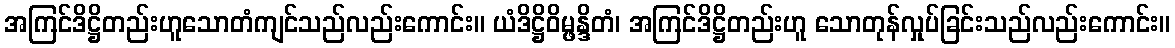
အကြင်ဒိဋ္ဌိတည်းဟူသောတံကျင်သည်လည်းကောင်း။ ယံဒိဋ္ဌိဝိမ္ဖန္ဒိတံ၊ အကြင်ဒိဋ္ဌိတည်းဟူ သောတုန်လှုပ်ခြင်းသည်လည်းကောင်း။